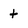
Character: t